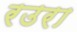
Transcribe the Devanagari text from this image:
रउरा